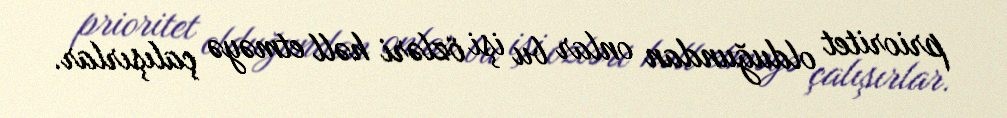
prioritet olduğundan onlar bu işi özləri həll etməyə çalışırlar.